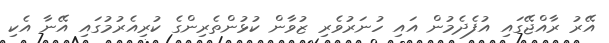
އޭރު ރާއްޖޭގައި އުފެދެމުން އައި ހުނަރުވެރި ޒުވާން ކުޅުންތެރިންގެ ކުރިއެރުމުގައި އޭނާ އެކި